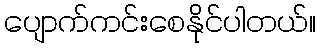
ပျောက်ကင်းစေနိုင်ပါတယ်။